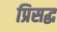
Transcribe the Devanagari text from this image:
प्रिसद्ध